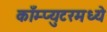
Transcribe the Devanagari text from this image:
काँम्प्युटरमध्ये